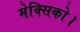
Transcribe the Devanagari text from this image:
मेक्सिको।